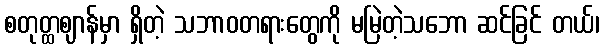
စတုတ္ထဈာန်မှာ ရှိတဲ့ သဘာဝတရားတွေကို မမြဲတဲ့သဘော ဆင်ခြင် တယ်၊